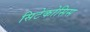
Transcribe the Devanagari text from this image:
सिटेकोसिस